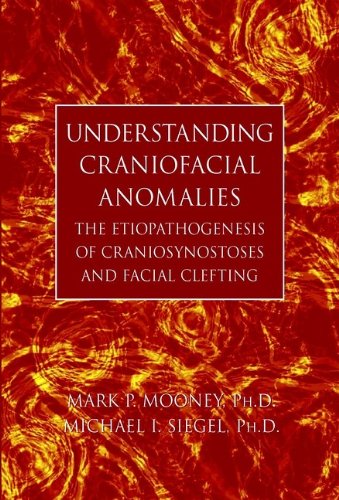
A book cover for Understanding Craniofacial Anomalies: The Etiopathogenesis of Craniosynostoses and Facial Clefting; Medical Books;